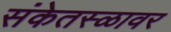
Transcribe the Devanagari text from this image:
संकेतस्ळावर